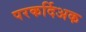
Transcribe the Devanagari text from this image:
परकर्दिअक